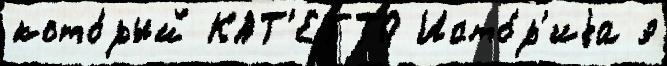
кото́рый КАТ'ЕТТО Исто́р'иjа э